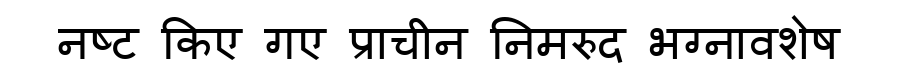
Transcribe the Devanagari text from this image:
नष्ट किए गए प्राचीन निमरुद भग्नावशेष